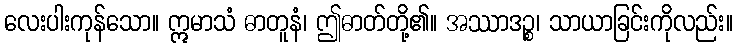
လေးပါးကုန်သော။ ဣမာသံ ဓာတူနံ၊ ဤဓာတ်တို့၏။ အဿာဒဉ္စ၊ သာယာခြင်းကိုလည်း။